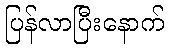
ပြန်လာပြီးနောက်